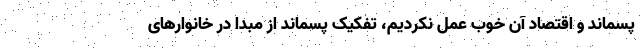
پسماند و اقتصاد آن خوب عمل نکردیم، تفکیک پسماند از مبدا در خانوارهای